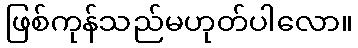
ဖြစ်ကုန်သည်မဟုတ်ပါလော။